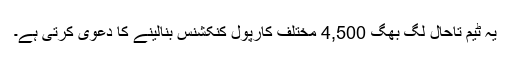
یہ ٹیم تاحال لگ بھگ 4,500 مختلف کارپول کنکشنس بنالینے کا دعویٰ کرتی ہے۔